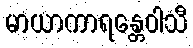
မာယာကာရန္တေဝါသီ